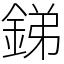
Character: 銻